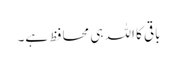
باقی کا اللہ ہی محافظ ہے۔